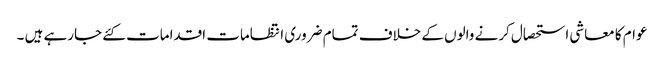
عوام کا معاشی استحصال کرنے والوں کے خلاف تمام ضروری انتظامات اقدامات کئے جارہے ہیں ۔